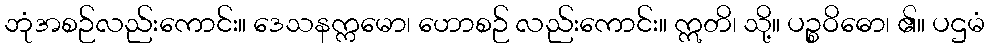
ဘုံအစဉ်လည်းကောင်း။ ဒေသနက္ကမော၊ ဟောစဉ် လည်းကောင်း။ ဣတိ၊ သို့။ ပဉ္စဝိဓော၊ ၏။ ပဌမံ